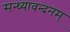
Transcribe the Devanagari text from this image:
सन्ध्यावन्दनम्